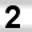
Digit: 2